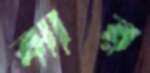
ঝার